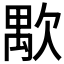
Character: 𱤸